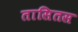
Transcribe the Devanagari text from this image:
तासितस